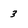
Character: 3